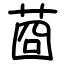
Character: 莔